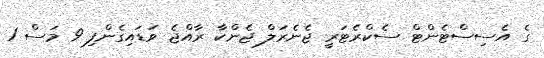
ގެ އެސިސްޓެންޓް ސެކްރެޓަރީ ޖެނެރަލް ޖެންކާ ރާއްޖެ ވަޑައިގެންފި 9 މަސް 1